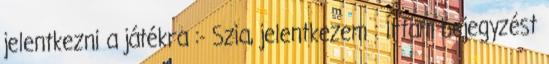
jelentkezni a játékra :- Szia, jelentkezem : Írtam bejegyzést